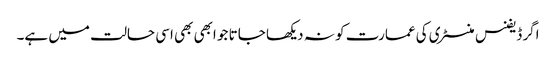
اگر ڈیفنس منسٹری کی عمارت کو نہ دیکھا جاتا جو ابھی بھی اسی حالت میں ہے۔